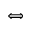
\Leftrightarrow